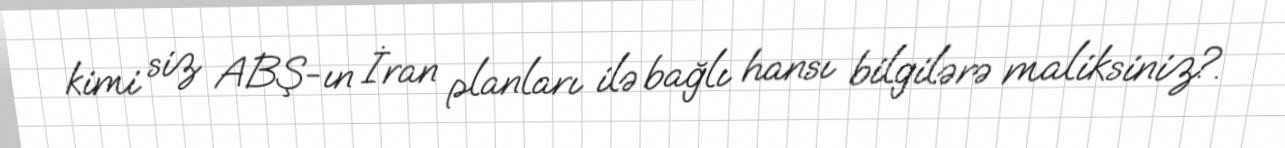
kimi siz ABŞ-ın İran planları ilə bağlı hansı bilgilərə maliksiniz?.